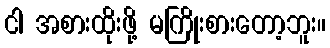
ငါ အစားထိုးဖို့ မကြိုးစားတော့ဘူး။